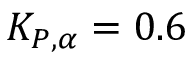
K _ { P , \alpha } = 0 . 6